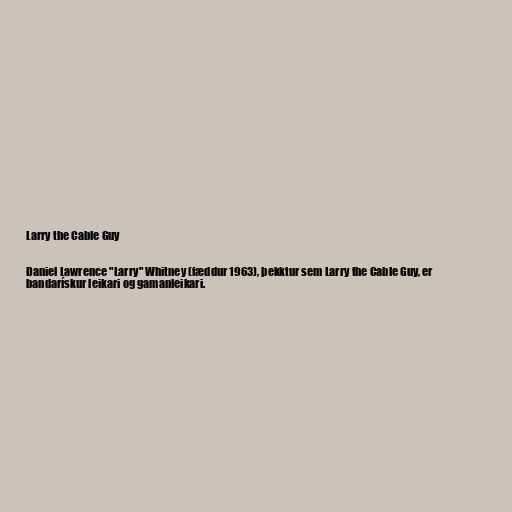
Larry the Cable Guy

Daniel Lawrence "Larry" Whitney (fæddur 1963), þekktur sem Larry the Cable Guy, er
bandarískur leikari og gamanleikari.